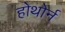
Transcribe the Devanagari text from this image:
होथोर्न